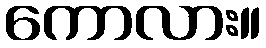
ကောလား။